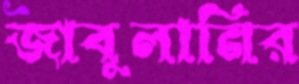
জাবুলানির